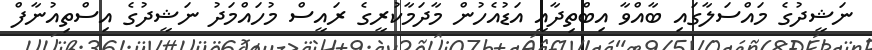
ނަޝީދުގެ މައްސަލާގައި ބާއްވާ އިބްތިދާއީ އަޑުއެހުން މާދަމާކުރީގެ ރައީސް މުހައްމަދު ނަޝީދުގެ އިސްތިއުނާފް